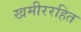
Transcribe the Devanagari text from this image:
खमीररहित